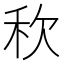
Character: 𮂸